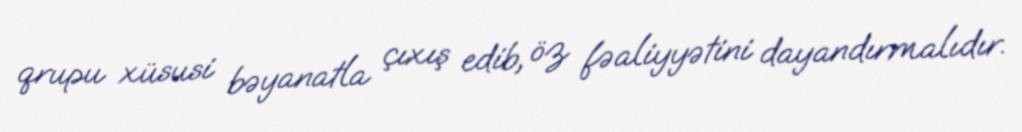
qrupu xüsusi bəyanatla çıxış edib, öz fəaliyyətini dayandırmalıdır.